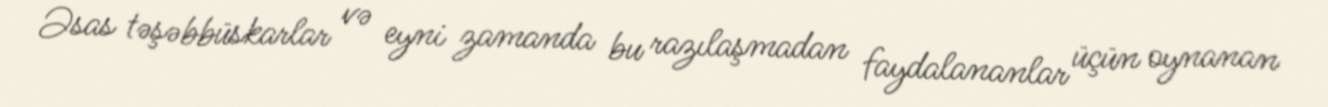
Əsas təşəbbüskarlar və eyni zamanda bu razılaşmadan faydalananlar üçün oynanan